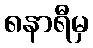
၈နာရီမှ